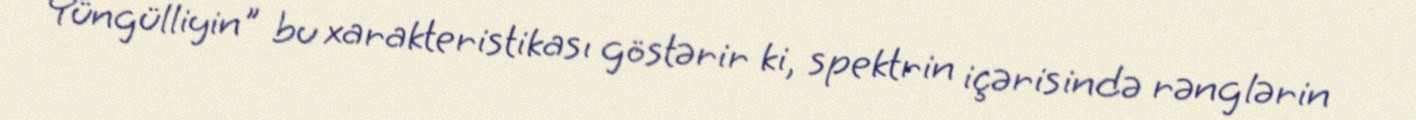
Yüngülliyin" bu xarakteristikası göstərir ki, spektrin içərisində rənglərin